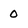
Character: 0